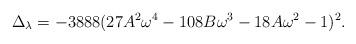
LaTeX: \begin{align*}\Delta_{\lambda} = -3888(27A^2\omega^4 - 108B\omega^3 - 18A\omega^2 - 1)^2.\end{align*}